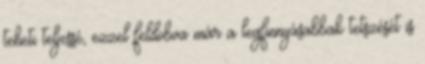
teheti teljessé, ezzel feldobva már a legfinnyásabbak tetszését is